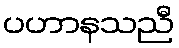
ပဟာနသညီ